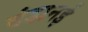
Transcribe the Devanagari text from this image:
दंडानई